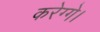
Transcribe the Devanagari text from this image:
करेग्गे।